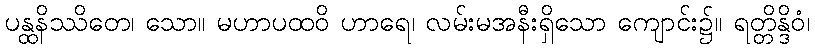
ပန္ထနိဿိတေ၊ သော။ မဟာပထဝိ ဟာရေ၊ လမ်းမအနီးရှိသော ကျောင်း၌။ ရတ္တိန္ဒိဝံ၊